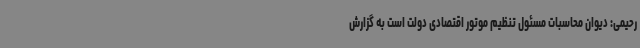
رحیمی: دیوان محاسبات مسئول تنظیم موتور اقتصادی دولت است به گزارش